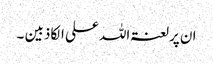
ان پرلعنتہ اللہ علی الکاذبین ۔